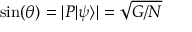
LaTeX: \sin ( \theta ) = | P | \psi \rangle | = { \sqrt { G / N } }